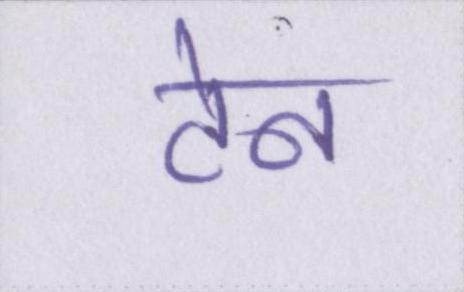
टेन